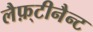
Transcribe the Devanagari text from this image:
लैफ़्टीनैन्ट